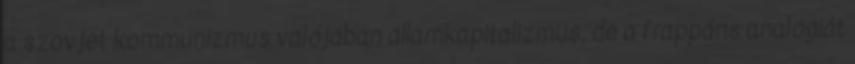
a szovjet kommunizmus valójában államkapitalizmus, de a frappáns analógiát